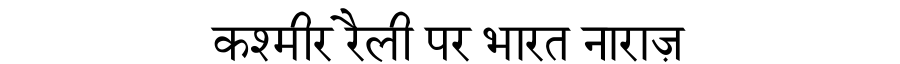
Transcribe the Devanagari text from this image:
कश्मीर रैली पर भारत नाराज़